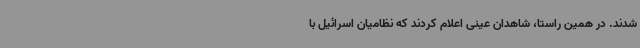
شدند. در همین راستا، شاهدان عینی اعلام کردند که نظامیان اسرائیل با